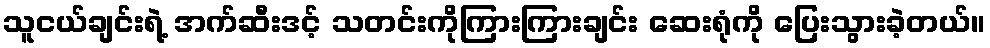
သူငယ်ချင်းရဲ့ အက်ဆီးဒင့် သတင်းကိုကြားကြားချင်း ဆေးရုံကို ပြေးသွားခဲ့တယ်။